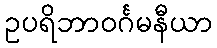
ဥပရိဘာဝင်္ဂမနီယာ